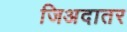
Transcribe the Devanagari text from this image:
जिअदातर